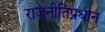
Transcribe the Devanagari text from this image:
राजनीतिप्रधान